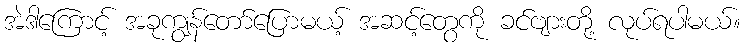
အဲဒါကြောင့် အခုကျွန်တော်ပြောမယ့် အဆင့်တွေကို ခင်ဗျားတို့ လုပ်ရပါမယ်။